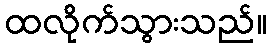
ထလိုက်သွားသည်။